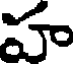
హ